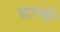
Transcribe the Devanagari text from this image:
घाणी